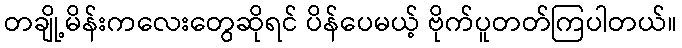
တချို့မိန်းကလေးတွေဆိုရင် ပိန်ပေမယ့် ဗိုက်ပူတတ်ကြပါတယ်။